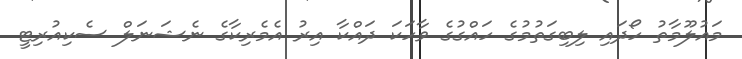
މައުލޫމާތު ހޯދައި ލިބިގަތުމުގެ ހައްގުގެ ވާހަކަ ދައްކާ އިރު އެމެރިކާގެ ނެޝަނަލް ސެކިއުރިޓީ